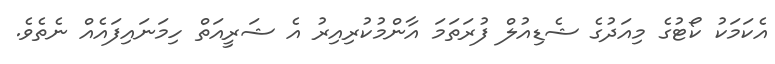
އެކަމަކު ކޯޓުގެ މިއަދުގެ ޝެޑިއުލް ފުރަތަމަ އާންމުކުރިއިރު އެ ޝަރީއަތް ހިމަނައިފައެއް ނެތެވެ.